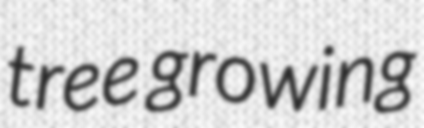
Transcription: tree growing